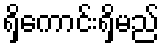
ရှိကောင်းရှိမည်